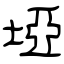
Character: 埡